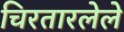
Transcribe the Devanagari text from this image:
चिरतारलेले